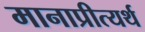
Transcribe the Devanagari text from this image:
मानाप्रीत्यर्थ